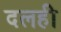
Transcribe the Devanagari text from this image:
दलही